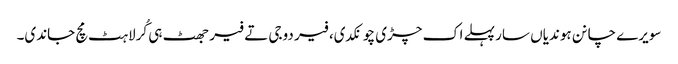
سویرے چانن ہوندیاں سار پہلے اک چڑی چونکدی، فیر دوجی تے فیر جھٹ ہی کُرلاہٹ مچ جاندی۔